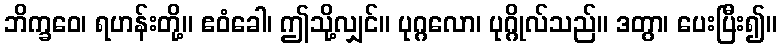
ဘိက္ခဝေ၊ ရဟန်းတို့။ ဧဝံခေါ၊ ဤသို့လျှင်။ ပုဂ္ဂလော၊ ပုဂ္ဂိုလ်သည်။ ဒတွာ၊ ပေးပြီး၍။